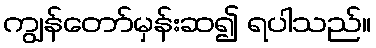
ကျွန်တော်မှန်းဆ၍ ရပါသည်။